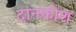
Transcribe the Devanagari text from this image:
दानकोश